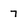
Character: 7